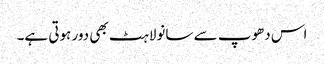
اس دھوپ سے سانولاہٹ بھی دور ہوتی ہے۔